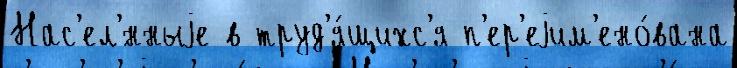
Нас'ел'́нныjе в труд'я́щихс'я п'ер'еjим'ено́вана